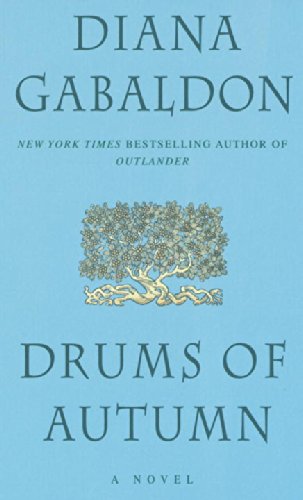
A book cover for Drums of Autumn (Outlander); Diana Gabaldon; Science Fiction & Fantasy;